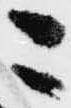
ニ